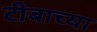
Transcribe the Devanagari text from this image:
टीबाच्या